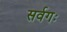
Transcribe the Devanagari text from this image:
सर्वगः